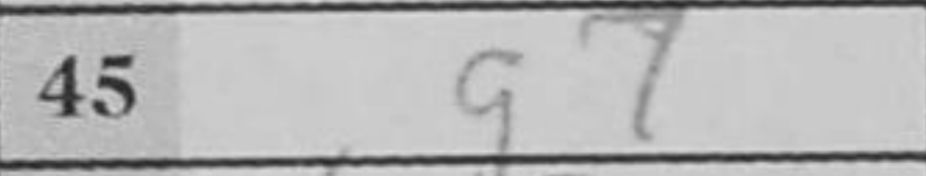
Transcription: g7